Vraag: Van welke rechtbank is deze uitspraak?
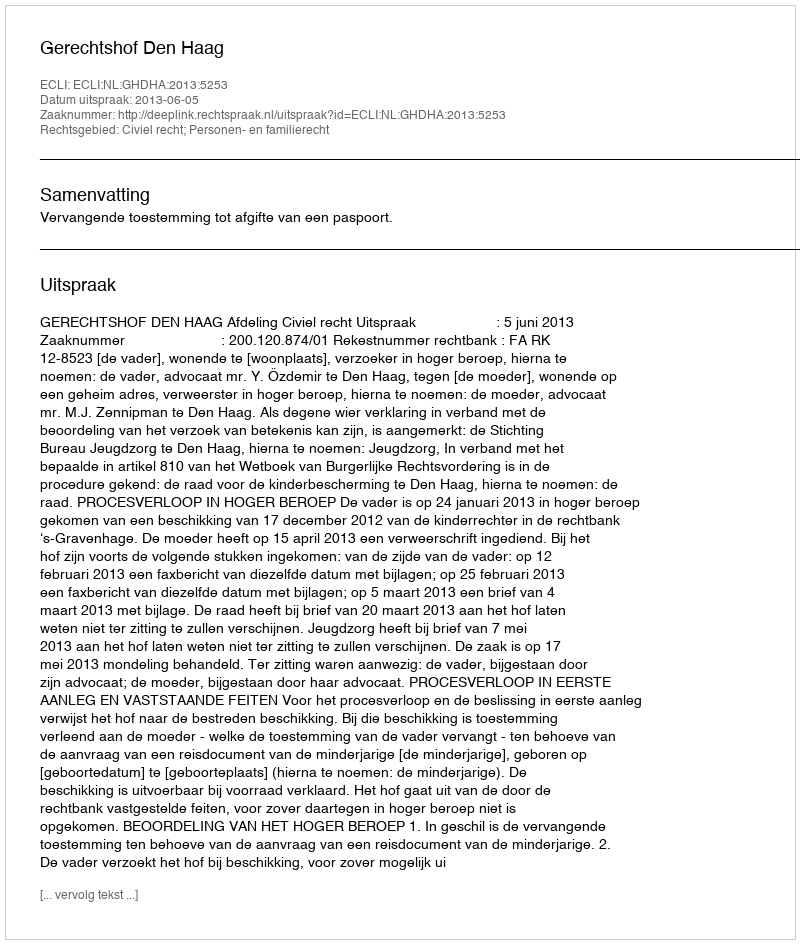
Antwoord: Gerechtshof Den Haag